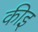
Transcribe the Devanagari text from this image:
कीइ